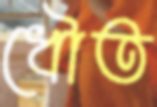
ধৌত